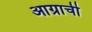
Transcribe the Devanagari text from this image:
आग्राची